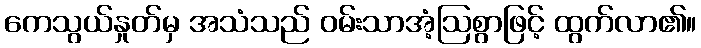
ကေသွယ်နှုတ်မှ အသံသည် ဝမ်းသာအံ့ဩစွာဖြင့် ထွက်လာ၏။